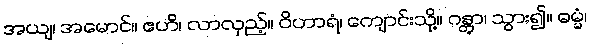
အယျ၊ အမောင်။ ဧဟိ၊ လာလှည့်။ ဝိဟာရံ၊ ကျောင်းသို့။ ဂန္တွာ၊ သွား၍။ ဓမ္မံ၊